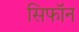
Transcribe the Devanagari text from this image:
सिफॉन